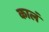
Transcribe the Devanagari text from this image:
कालं